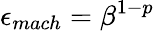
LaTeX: \epsilon_{mach}=\beta^{1-p}